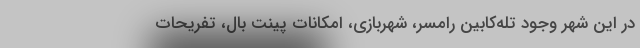
در این شهر وجود تله‌کابین رامسر، شهربازی، امکانات پینت بال، تفریحات